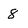
Character: 8